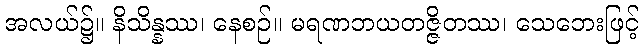
အလယ်၌။ နိသိန္နဿ၊ နေစဉ်။ မရဏဘယတဇ္ဇိတဿ၊ သေဘေးဖြင့်